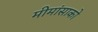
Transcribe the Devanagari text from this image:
मीमांसाकाे